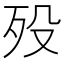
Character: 殁